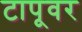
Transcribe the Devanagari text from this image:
टापूवर